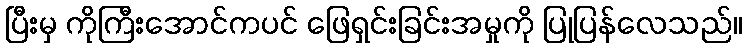
ပြီးမှ ကိုကြီးအောင်ကပင် ဖြေရှင်းခြင်းအမှုကို ပြုပြန်လေသည်။